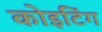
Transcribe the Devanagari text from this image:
कोइटिंग